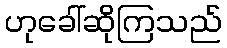
ဟုခေါ်ဆိုကြသည်